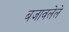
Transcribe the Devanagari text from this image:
बजावलेले